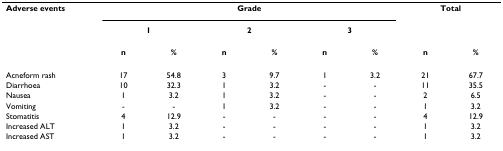
| Adverse events | <COLSPAN=6> Grade | <COLSPAN=2> Total |
 |  | <COLSPAN=2> 1 | <COLSPAN=2> 2 | <COLSPAN=2> 3 |  |  |
 |  | n | % | n | % | n | % | n | % |
 | --- | --- | --- | --- | --- | --- | --- | --- | --- |
 | Acneform rash | 17 | 54.8 | 3 | 9.7 | 1 | 3.2 | 21 | 67.7 |
 | Diarrhoea | 10 | 32.3 | 1 | 3.2 | - | - | 11 | 35.5 |
 | Nausea | 1 | 3.2 | 1 | 3.2 | - | - | 2 | 6.5 |
 | Vomiting | - | - | 1 | 3.2 | - | - | 1 | 3.2 |
 | Stomatitis | 4 | 12.9 | - | - | - | - | 4 | 12.9 |
 | Increased ALT | 1 | 3.2 | - | - | - | - | 1 | 3.2 |
 | Increased AST | 1 | 3.2 | - | - | - | - | 1 | 3.2 |